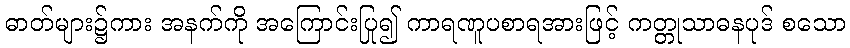
ဓာတ်များ၌ကား အနက်ကို အကြောင်းပြု၍ ကာရဏူပစာရအားဖြင့် ကတ္တုသာဓနပုဒ် စသော